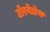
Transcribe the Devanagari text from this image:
टोरर्नेडोस